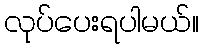
လုပ်ပေးရပါမယ်။